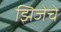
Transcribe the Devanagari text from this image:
झिजेचे